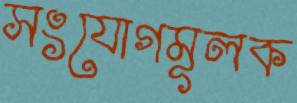
সংযোগমূলক